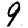
Digit: 9